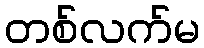
တစ်လက်မ